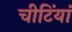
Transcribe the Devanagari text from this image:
चीटिंयां